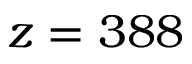
z = 3 8 8